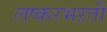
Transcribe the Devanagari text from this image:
लष्करभऱती